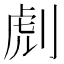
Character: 䖌